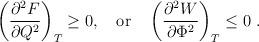
LaTeX: \begin{align*}\left({\partial^2 F\over \partial Q^2}\right)_T\geq 0, \quad {\rm or}\quad \left({\partial^2 W\over \partial \Phi^2}\right)_T\leq 0\ .\end{align*}